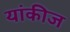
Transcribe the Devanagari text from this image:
यांकीज